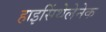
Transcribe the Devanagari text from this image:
हाइसिंथेलेनेक